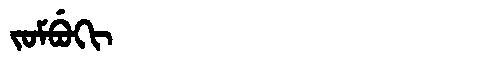
Manchu: ᠵᠣᠮᠪᡠᡴᡳ
Romanization: JOMBUKI